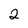
Character: 2